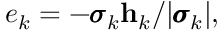
e _ { k } = - \pmb { \sigma } _ { k } \mathbf h _ { k } / | \pmb { \sigma } _ { k } | ,